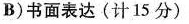
B)书面表达(计15分)